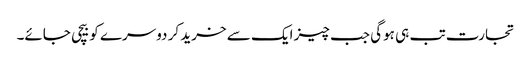
تجارت تب ہی ہوگی جب چیز ایک سے خرید کر دوسرے کو بیچی جائے۔